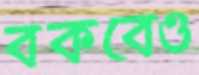
বকবেও